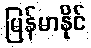
မြန်မာနိုင်